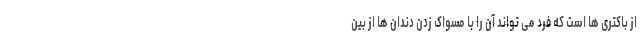
از باکتری ها است که فرد می تواند آن را با مسواک زدن دندان ها از بین